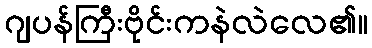
ဂျပန်ကြီးဗိုင်းကနဲလဲလေ၏။